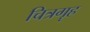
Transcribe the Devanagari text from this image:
चित्रगॄह